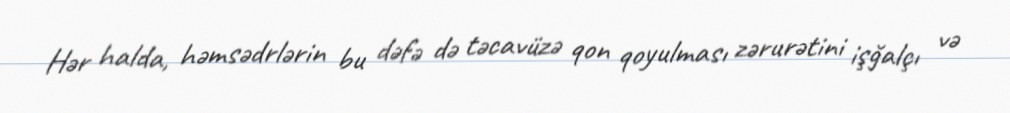
Hər halda, həmsədrlərin bu dəfə də təcavüzə qon qoyulması zərurətini işğalçı və